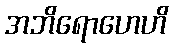
အဘိရောဟေဟိ